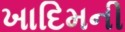
ખાદિમની